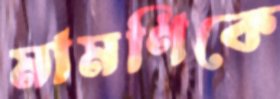
মামণিকে